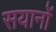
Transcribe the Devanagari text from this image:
सयानों